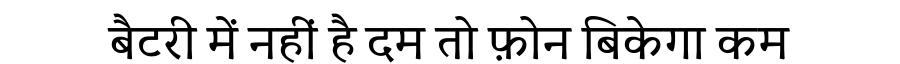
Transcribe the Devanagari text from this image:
बैटरी में नहीं है दम तो फ़ोन बिकेगा कम